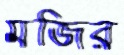
মজির